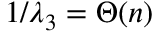
1 / \lambda _ { 3 } = \Theta ( n )